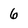
Character: 6